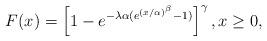
LaTeX: \begin{align*}F(x)=\left[ 1-e^{-\lambda \alpha (e^{(x/\alpha )^{\beta }}-1)}\right]^{\gamma },x\geq 0, \end{align*}